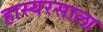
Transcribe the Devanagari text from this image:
हास्यरसाला